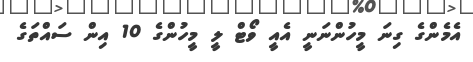
އެމެންގެ ގިނަ މީހުންނަނީ އެއީ ވޯޓް ލީ މީހުންގެ 10 އިން ސައްތަގެ